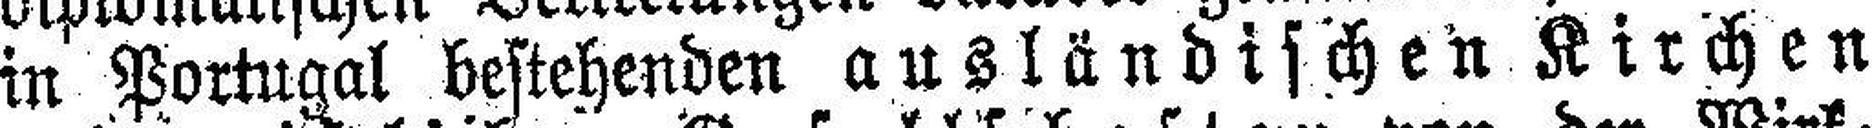
in Portugal bestehenden ausländischen Kirchen